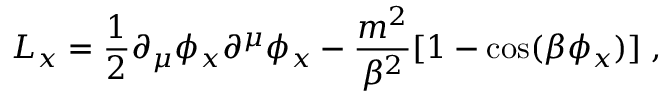
{ \cal L } _ { x } = { \frac { 1 } { 2 } } \partial _ { \mu } \phi _ { x } \partial ^ { \mu } \phi _ { x } - { \frac { m ^ { 2 } } { \beta ^ { 2 } } } [ 1 - \cos ( \beta \phi _ { x } ) ] \; ,